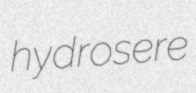
hydrosere